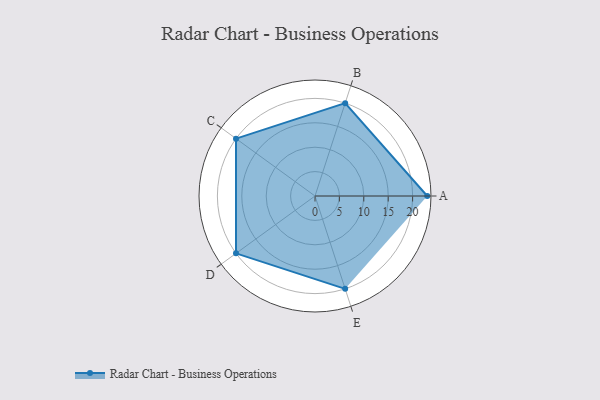
{"axis": {"x": "Skill", "y": "Score"}, "legend": ["Profile"], "data": [{"x": "A", "y": 23.0, "type": "Profile"}, {"x": "B", "y": 20, "type": "Profile"}, {"x": "C", "y": 20, "type": "Profile"}, {"x": "D", "y": 20, "type": "Profile"}, {"x": "E", "y": 20, "type": "Profile"}]}